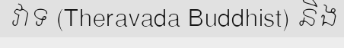
វាទ (Theravada Buddhist) និង